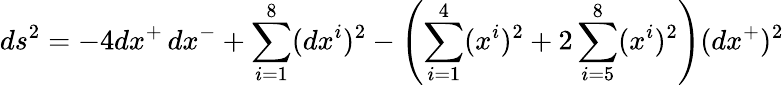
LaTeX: ds^{2}=-4dx^{+}\, dx^{-}+\sum_{i=1}^{8}(dx^{i})^{2}-\left(\sum_{i=1}^{4}(x^{i})^{2}+2\sum_{i=5}^{8}(x^{i})^{2}\right)(dx^{+})^{2}